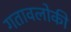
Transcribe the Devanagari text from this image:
गतावलोकी